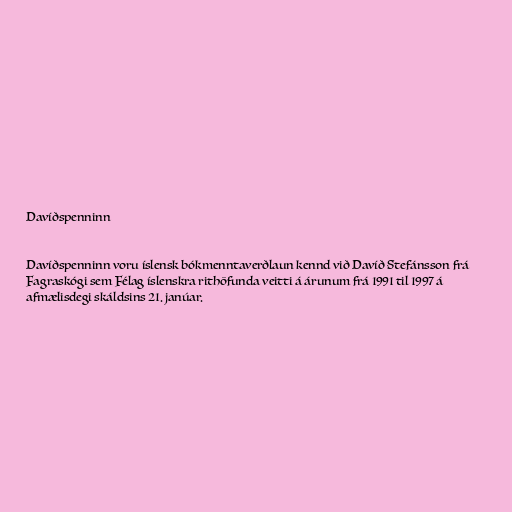
Davíðspenninn

Davíðspenninn voru íslensk bókmenntaverðlaun kennd við Davíð Stefánsson frá
Fagraskógi sem Félag íslenskra rithöfunda veitti á árunum frá 1991 til 1997 á
afmælisdegi skáldsins 21. janúar.